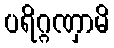
ပရိဂ္ဂဏှာမိ